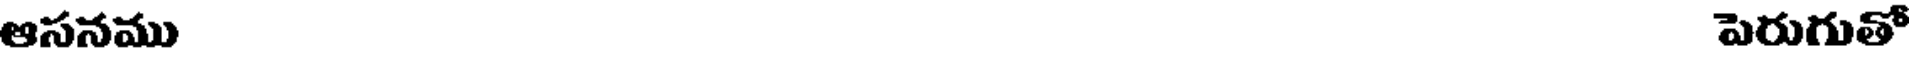
ఆసనము పెరుగుతో